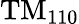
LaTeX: \mathrm{TM}_{110}